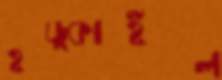
হড়্‌কাইল